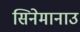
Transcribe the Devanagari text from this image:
सिनेमानाउ